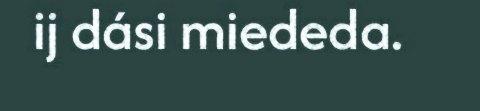
ij dási miededa.